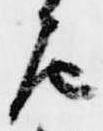
左